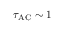
\tau _ { \mathrm { A C } } \sim 1